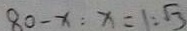
8 0 - x : x = 1 : \sqrt { 3 }